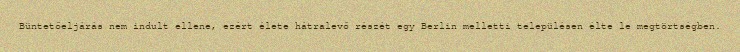
Büntetőeljárás nem indult ellene, ezért élete hátralevő részét egy Berlin melletti településen élte le megtörtségben.